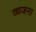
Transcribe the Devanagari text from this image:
व्यजना